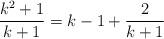
LaTeX: \begin{align*}\frac{k^2+1}{k+1} = k-1+\frac{2}{k+1}\end{align*}